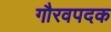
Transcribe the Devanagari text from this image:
गौरवपदक